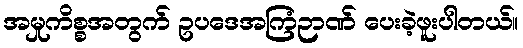
အမှုကိစ္စအတွက် ဥပဒေအကြံဉာဏ် ပေးခဲ့ဖူးပါတယ်။